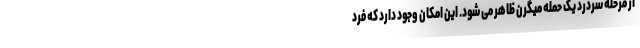
از مرحله سردرد یک حمله میگرن ظاهر می شود. این امکان وجود دارد که فرد